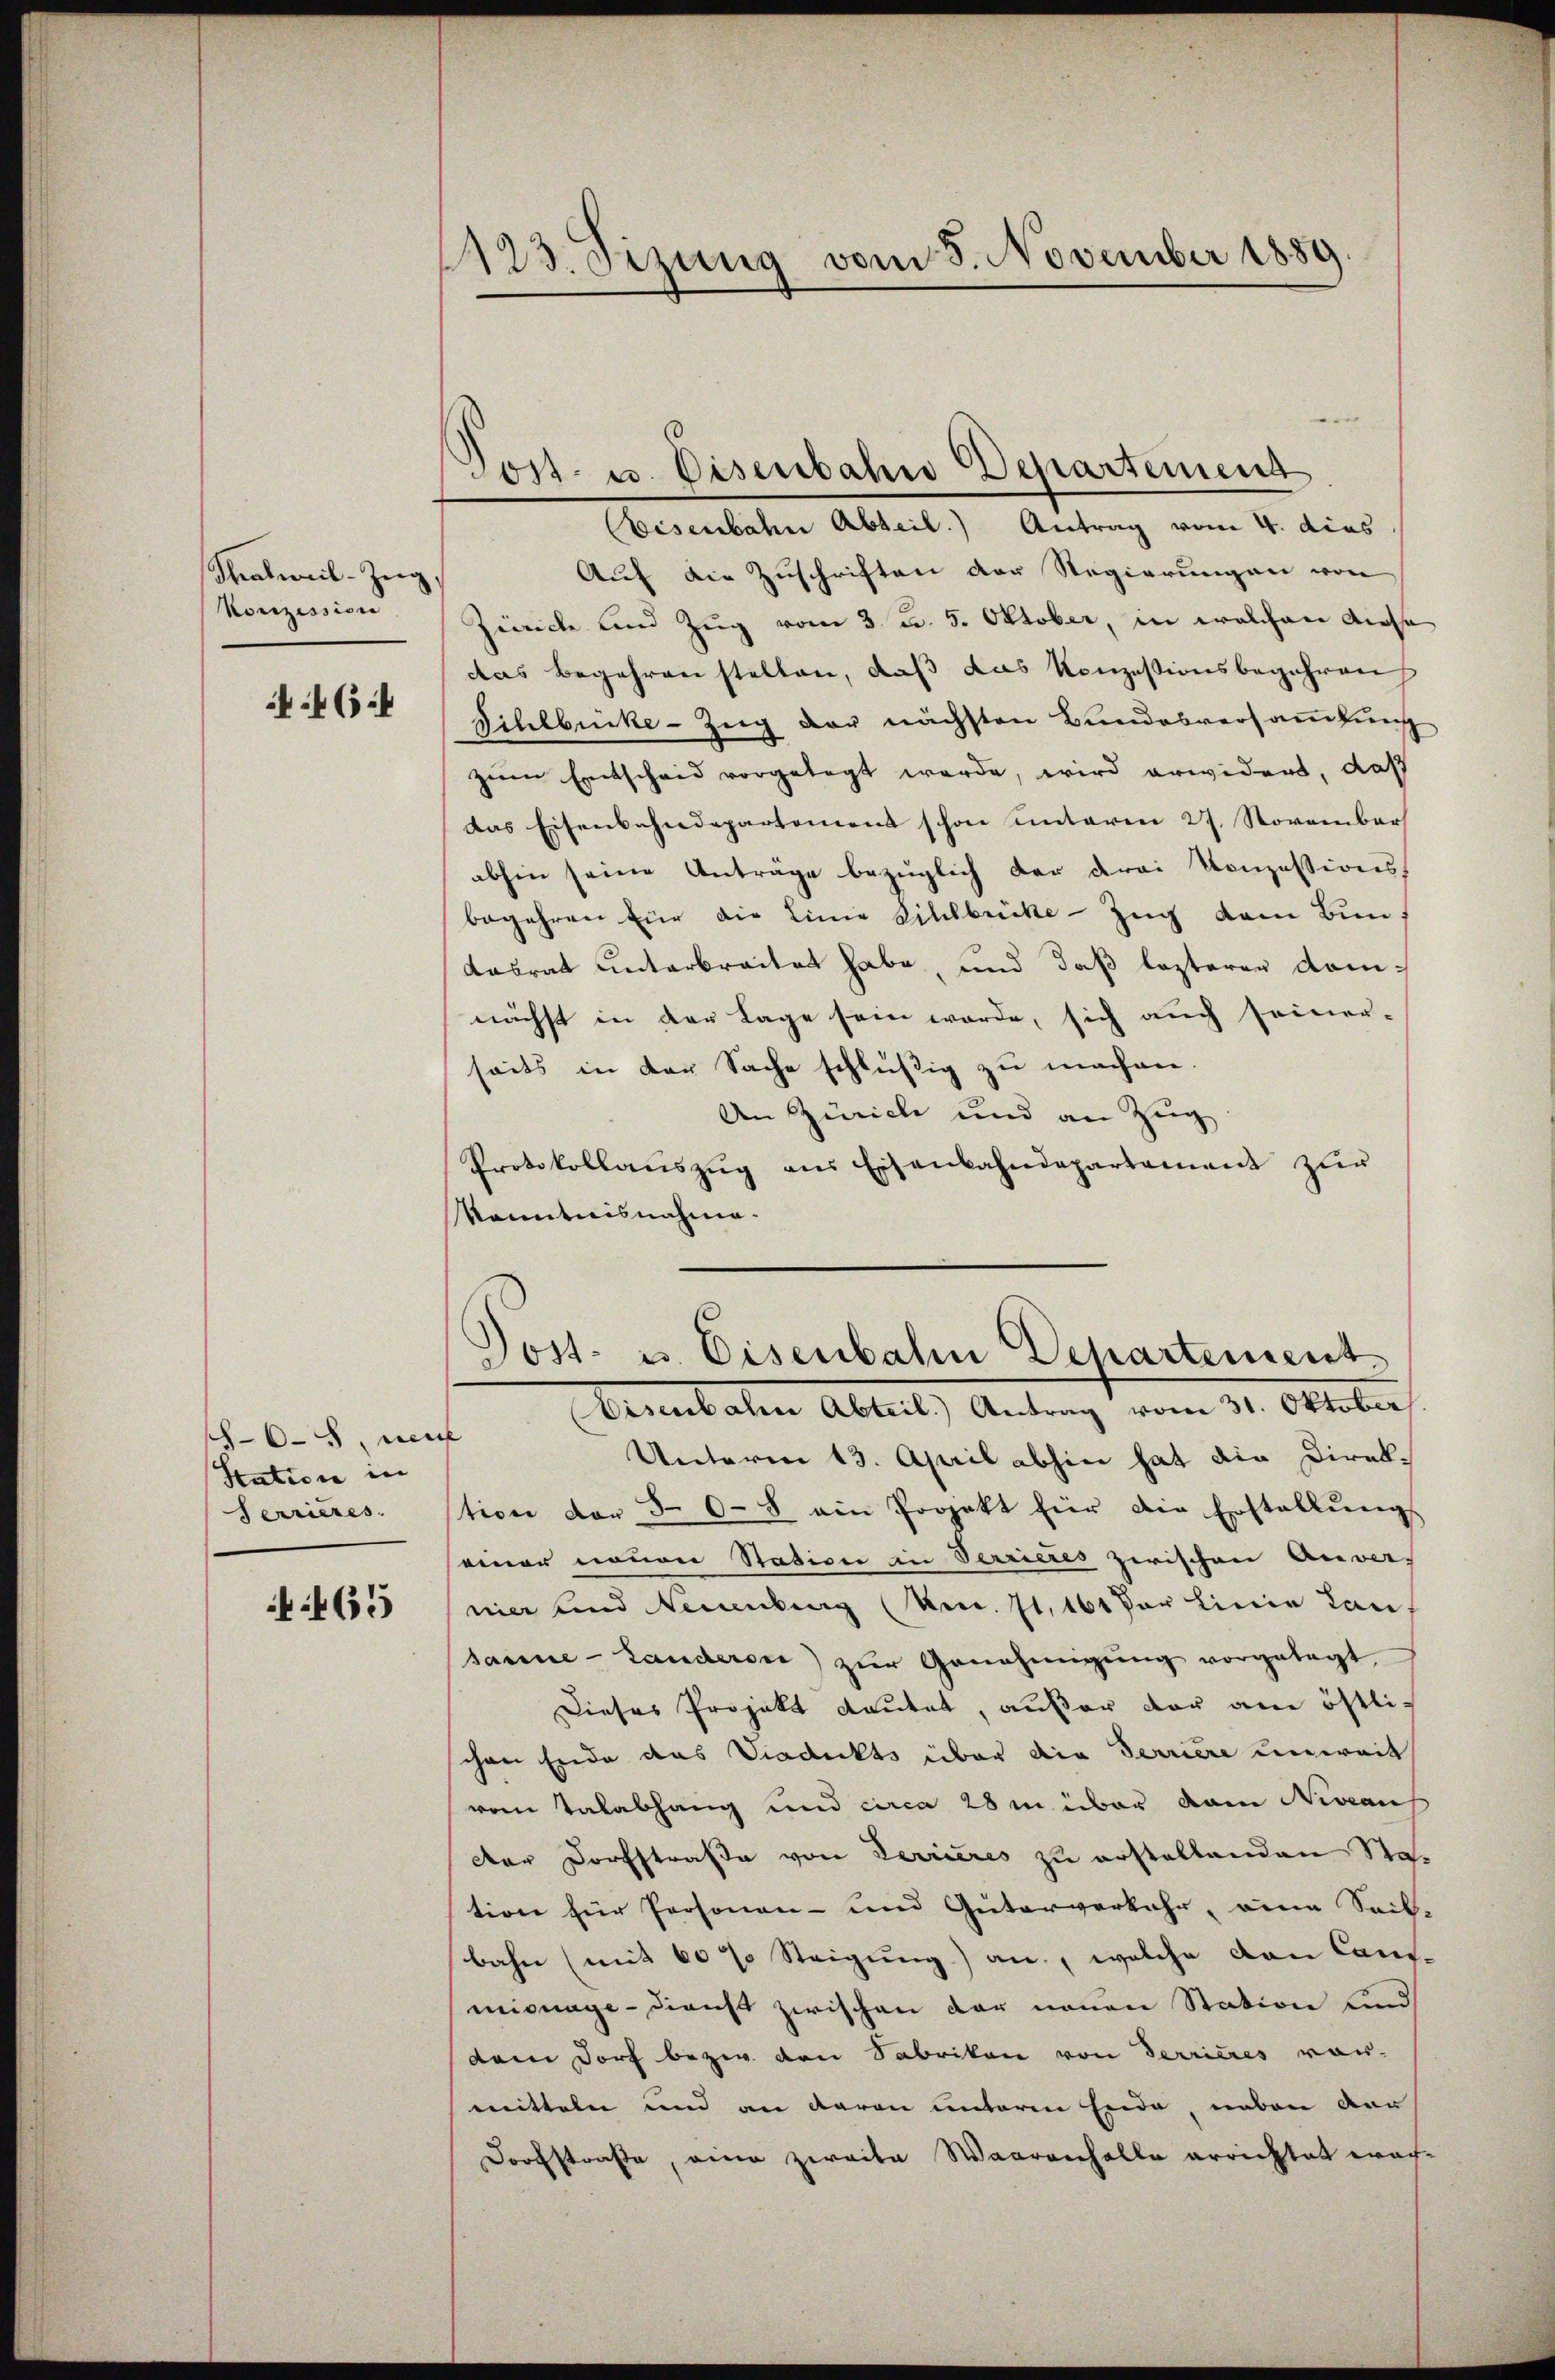
Thalweil-Zŭg
Konzession

6

65, un
Station in
Terrieres.

465

1723. Sizung vom 8. November 1889.

bisenbahn Abteil.) Antrag vom 4. dies
Auf die Zuschriften der Regierungen von
Ziceich und Zug vom 3. d. 5. Oktober, in welchen diese
das Begehren stellen, daß das Konzessionsbegehren
Sihlbucke-Zug der nächsten Bundesversammlung
zum Entscheid vorgelegt werde, wird erwidert, daß
das Eisenbahndepartement schon unteren 27. November
abhin seine Antrage bezüglich der drei Konzessionsbegehren für die Linie Sihlbrücke - Zug dem Bundasrat unterbreitet habe, und daß lezteren domnächst in der Lage sein werde, sich auch seiner-
seits in der Sache schlüßig zu machen.
An Zürich und an Zug
Protokollaŭszŭg ans Eisenbahndepartement zur
Kanntnisnahme.

Post- u. Disenbahre Departement

Post- u. Eisenbahn Departement
Eisenbahn Abteil.) Antrag vom 31. Oktober

f
Unterm 13. April abhin hat die Direktion der 3 0-8 ein Projekt für die Erstellŭng
seiner neuen Station in Verrieres zwischen Anver-
nier und Neuenburg (kecc. 71. 161 vor Linie Lan
sanne - Landeren zŭr Genehmigŭng vorgetagt
Dieses Projekt deutet, außer der am östlischon Ende das Viadeckts über die Terriere unweit
vom Talabhang und circa 28 in über dem Niveau
der Dorfstraße von Terrieres zu erstaltenden Station für Personen- und Güterverkehr, eine Seil-
bahn (mit 60 % Steigung) an, welche den Can-
mignage - Dienst zwischen der neuen Station und
dem Dorf bezw. von Sabrikon von Terrieres vor-
mitteln und an daran unterm Ende, neben der
Dorfstraße, ein zweite Waarenchalle errichtet war-